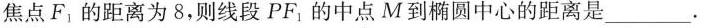
焦点F_{1}的距离为8，则线段PF_{1}的中点M到椭圆中心的距离是___.